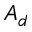
A _ { d }